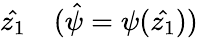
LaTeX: \hat{z_{1}}\quad(\hat{\psi}=\psi(\hat{z_{1}}))